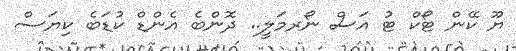
ޔޫ ކޭން ޓޯކް ޓު އަސް ނޯރމަލީ.. ދޮންބެ އެންޑް ކުޑަބެ ކިޔަސް